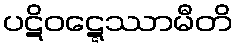
ပဋိဝဋ္ဋေဿာမီတိ